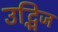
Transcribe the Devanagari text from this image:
उद्भिज